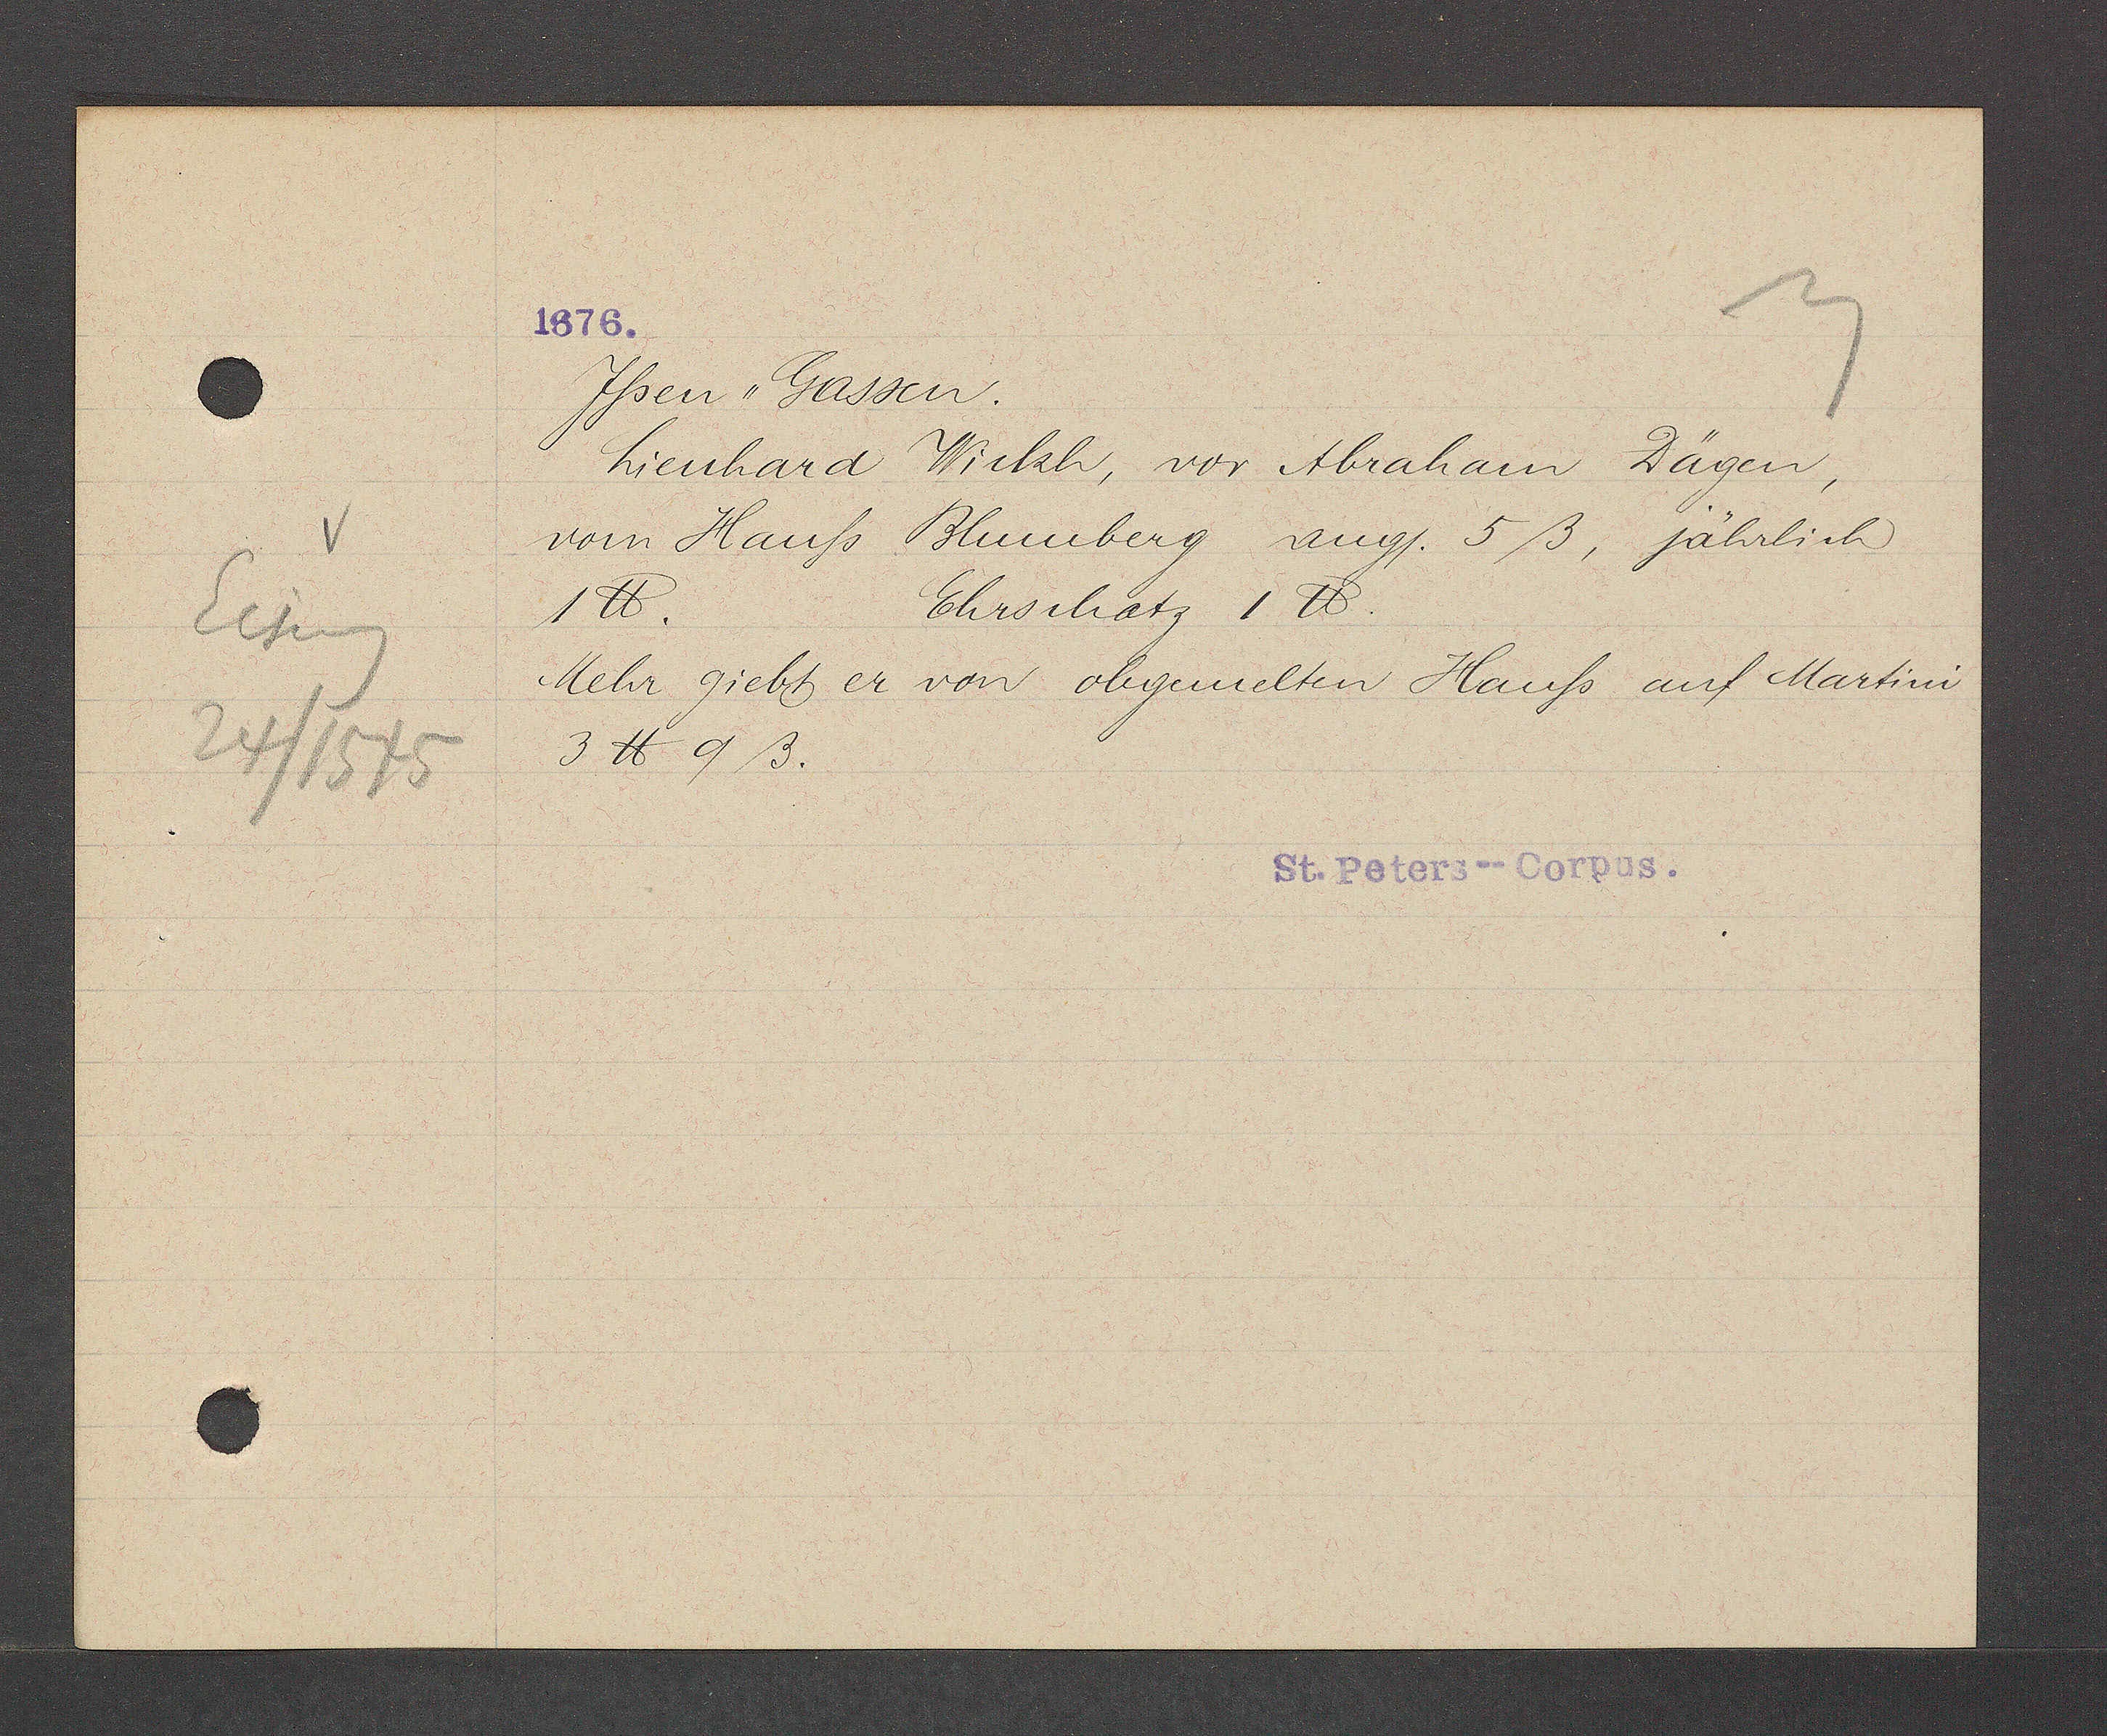
Transcript:
Eiseng
24/1545

Jßsen "Gassen
Lienhard Wickh, vor Abraham Dägen
vom Hauß Blumblig ang/. 5ß, jährlich
Ehrschatz 1 ℔
1℔.
Mehr giebt er von obgemelten Hauß auf Martini
3 ℔ 9ß.